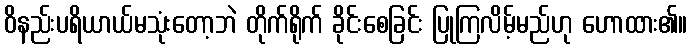
ဝိနည်းပရိယာယ်မသုံးတော့ဘဲ တိုက်ရိုက် ခိုင်းစေခြင်း ပြုကြလိမ့်မည်ဟု ဟောထား၏။